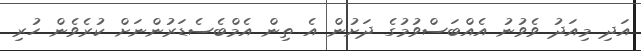
އަދި މިއަދު ވެވުނު އެއްބަސްވުމުގެ ދަށުން އެ ތިން އެމްބެސެޑަރުންނަށް ކުރެވެން ހުރި